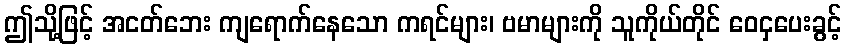
ဤသို့ဖြင့် အငတ်ဘေး ကျရောက်နေသော ကရင်များ၊ ဗမာများကို သူကိုယ်တိုင် ဝေငှပေးခွင့်